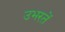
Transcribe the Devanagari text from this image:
उभरतें